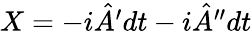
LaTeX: \begin{array}{r}{X=-i\hat{A}^{\prime}dt-i\hat{A}^{\prime\prime}dt}\end{array}